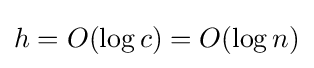
h=O(\log c)=O(\log n)